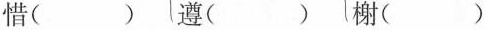
惜( )遵( )榭( )